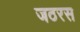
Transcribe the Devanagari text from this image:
जठरस